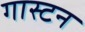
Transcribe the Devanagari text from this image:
गास्टन